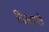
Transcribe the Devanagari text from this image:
विजयपत्रे